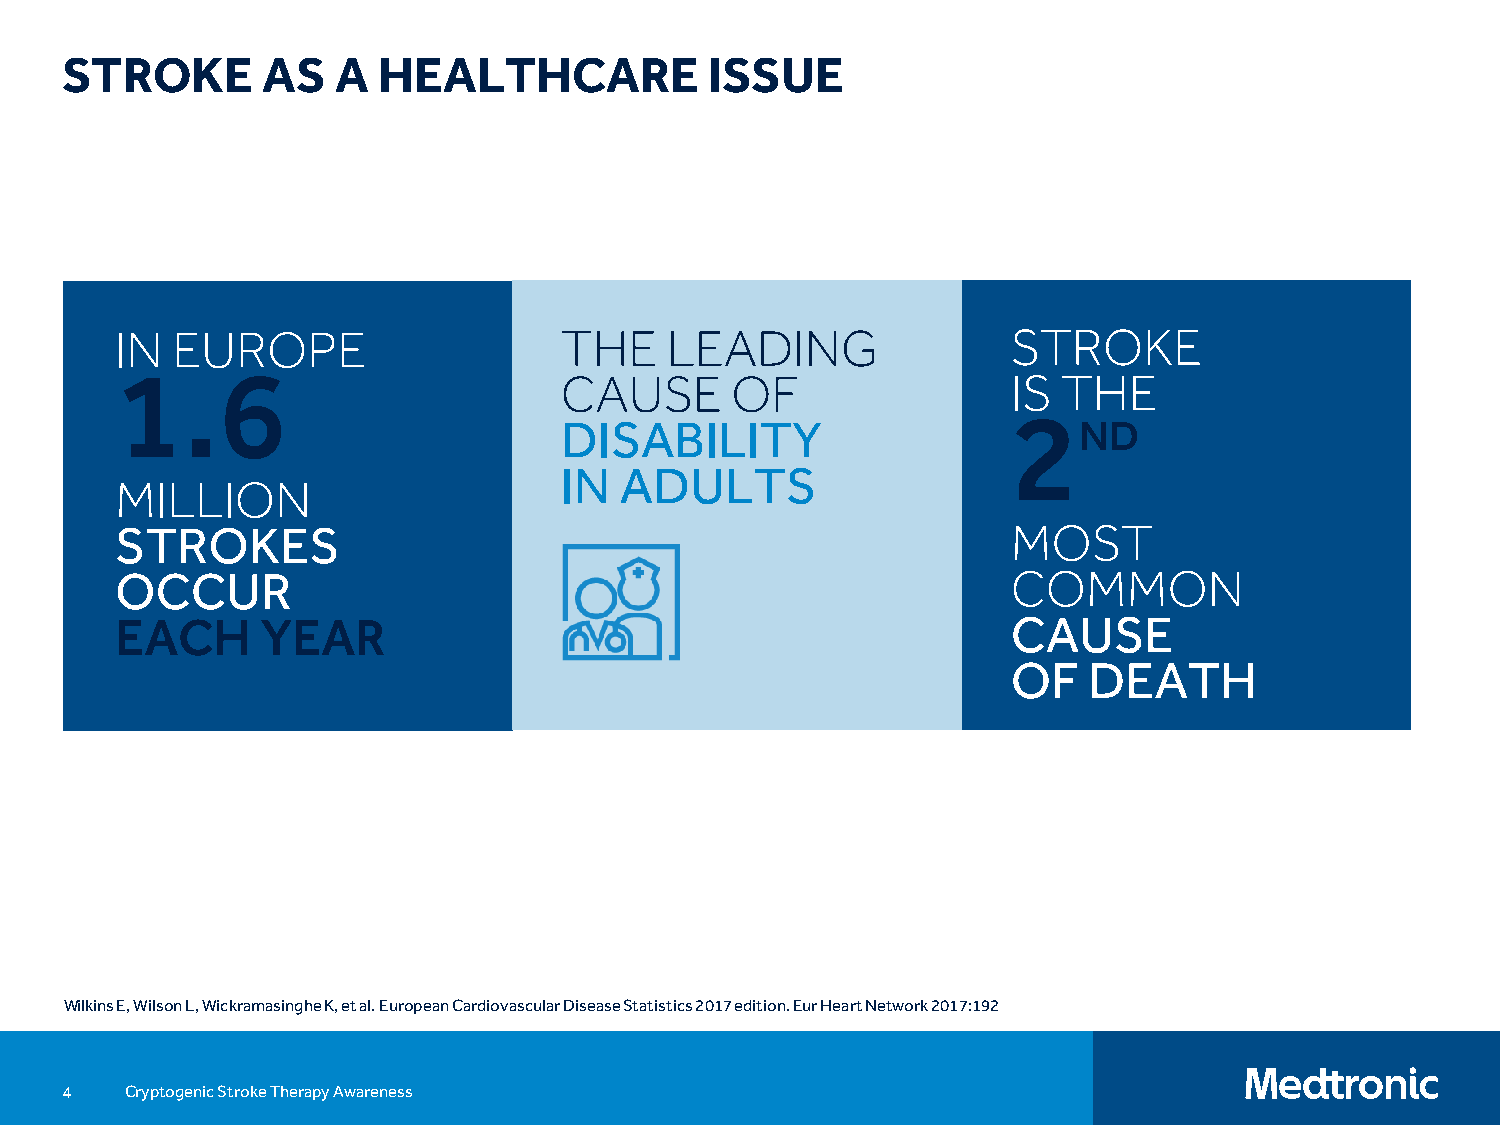
STROKE       AS   A  HEALTHCARE            ISSUE
 IN EUROPE                    THE    LEADING                STROKE
 1.6
 CAUSE      OF                 IS THE
 2
 DISABILITY                        ND
 IN  ADULTS
 MILLION
 STROKES                                                    MOST
 OCCUR                                                      COMMON
 EACH     YEAR                                              CAUSE
 OF   DEATH
 Wilkins E, Wilson L, WickramasingheK, et al. European Cardiovascular Disease Statistics 2017 edition. EurHeart Network 2017:192
 4   Cryptogenic Stroke Therapy Awareness